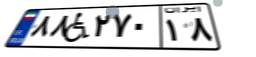
۸۸W۲۷۰۱۸